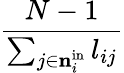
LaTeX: \frac{N-1}{\sum_{j\in{{\mathbf{n}}_{i}^{\mathrm{in}}}}l_{ij}}